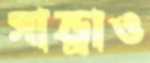
সান্ড্রাও